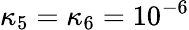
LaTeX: \kappa_{5}=\kappa_{6}=10^{-6}